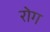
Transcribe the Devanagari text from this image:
रोग